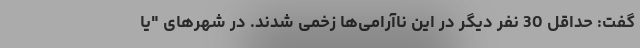
گفت: حداقل 30 نفر دیگر در این ناآرامی‌ها زخمی شدند. در شهرهای "یا